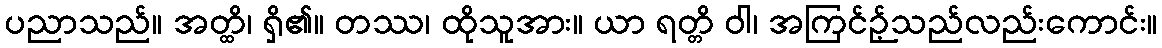
ပညာသည်။ အတ္ထိ၊ ရှိ၏။ တဿ၊ ထိုသူအား။ ယာ ရတ္တိ ဝါ၊ အကြင်ဉ့်သည်လည်းကောင်း။